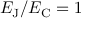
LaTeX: E _ { \mathrm { { J } } } / E _ { \mathrm { { C } } } = 1